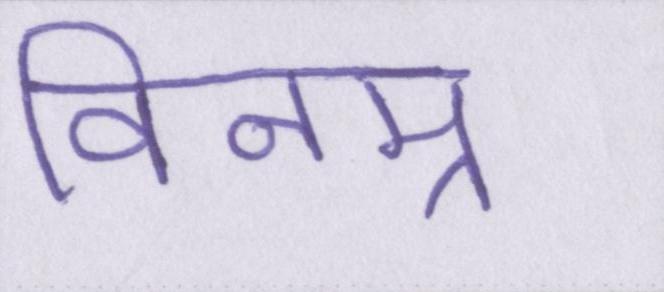
विनम्र